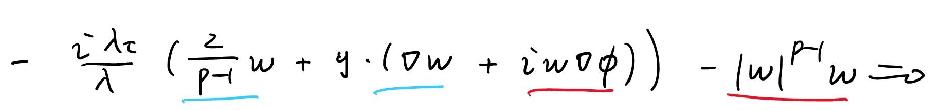
\[ - \frac{i \lambda c}{\lambda} \left( \frac{2}{p - 1} w + g \cdot (\nabla w + i w \nabla \phi) \right) - |w|^{p - 1} w = 0 \]